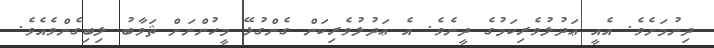
ދިނުމަށެވެ. އެއީ ޢަދުލުވެރިކަމުގެ ދީނެވެ. އެ ޢަދުލުވެރިކަން ގެންގުޅޭ މީހުންނަށް ޘަވާބު ލިބިގެންވެއެވެ.